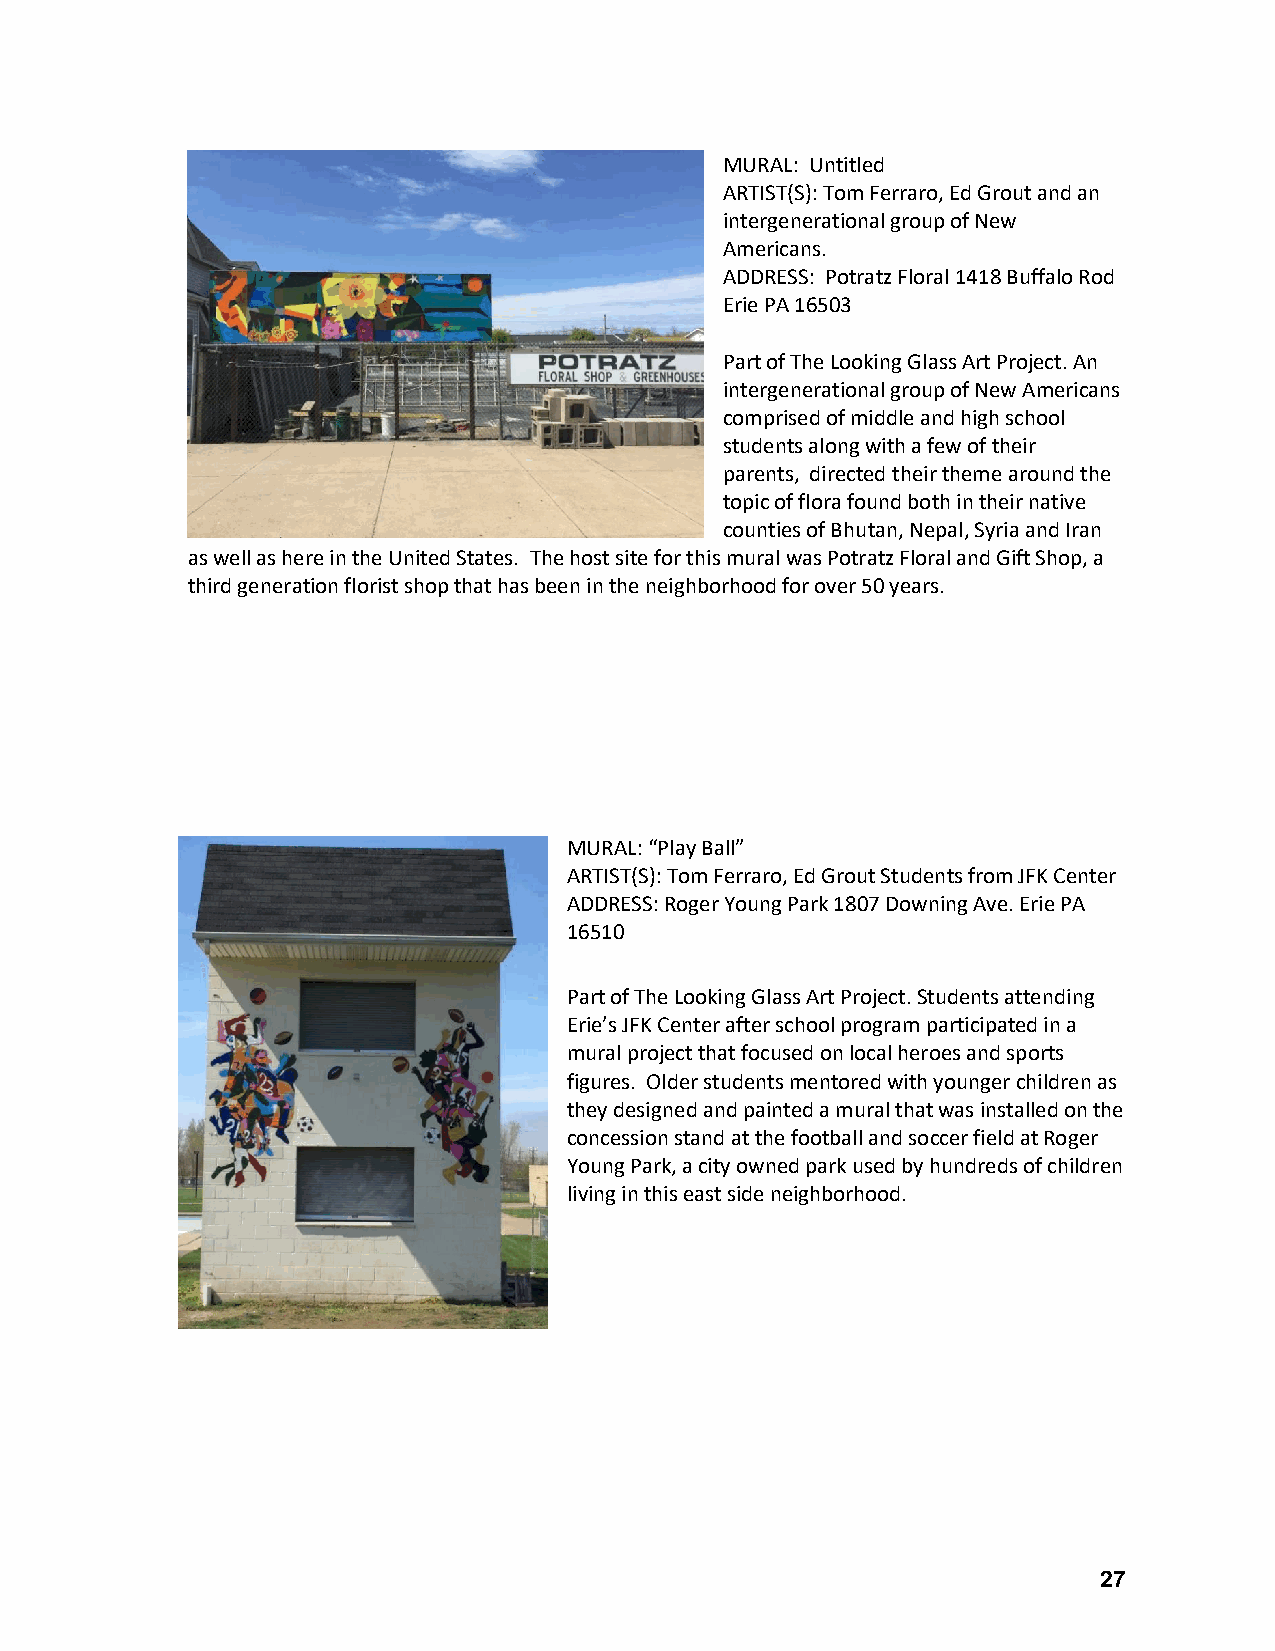
MURAL: Untitled
 ARTIST(S): Tom Ferraro, Ed Grout and an
 intergenerational group of New
 Americans.
 ADDRESS: Potratz Floral 1418 Buffalo Rod
 Erie PA 16503
 Part of The Looking Glass Art Project. An
 intergenerational group of New Americans
 comprised of middle and high school
 students along with a few of their
 parents, directed their theme around the
 topic of flora found both in their native
 counties of Bhutan, Nepal, Syria and Iran
 as well as here in the United States. The host site for this mural was Potratz Floral and Gift Shop, a
 third generation florist shop that has been in the neighborhood for over 50 years.
 MURAL: “Play Ball”
 ARTIST(S): Tom Ferraro, Ed Grout Students from JFK Center
 ADDRESS: Roger Young Park 1807 Downing Ave. Erie PA
 16510
 Part of The Looking Glass Art Project. Students attending
 Erie’s JFK Center after school program participated in a
 mural project that focused on local heroes and sports
 figures. Older students mentored with younger children as
 they designed and painted a mural that was installed on the
 concession stand at the football and soccer field at Roger
 Young Park, a city owned park used by hundreds of children
 living in this east side neighborhood.
 27